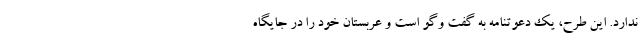
ندارد. این طرح، یک دعوتنامه به گفت وگو است و عربستان خود را در جایگاه